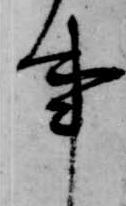
事